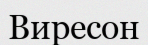
Виресон